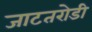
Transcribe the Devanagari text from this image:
जाटतरोडी